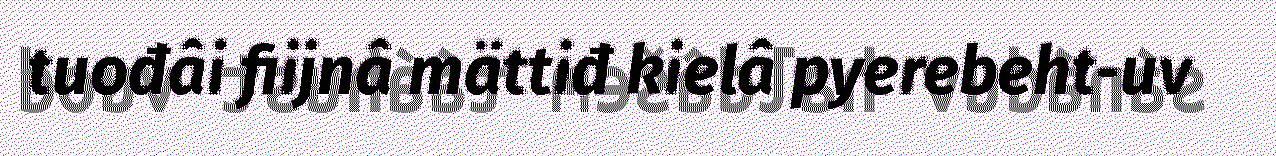
tuođâi fiijnâ mättiđ kielâ pyerebeht-uv